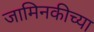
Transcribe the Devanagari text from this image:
जामिनकीच्या